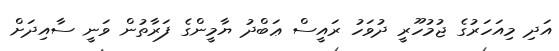
އަދި މިއަހަރުގެ ޖުމުހޫރީ ދުވަހު ރައީސް ޢަބްދު ޔާމީންގެ ފަރާތުން ވަނީ ސާއިދަށް